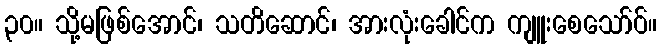
၃၀။ သို့မဖြစ်အောင်၊ သတိဆောင်၊ အားလုံးခေါင်က ကျူးစေသော်ဝ်။